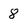
Character: 8